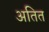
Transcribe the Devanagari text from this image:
अतित